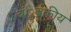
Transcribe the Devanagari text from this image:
चंुबकीय